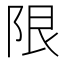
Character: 限